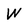
Character: W